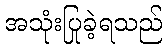
အသုံးပြုခဲ့ရသည်